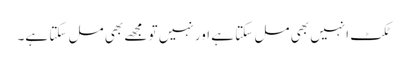
ٹکٹ انہیں بھی مل سکتا ہے اور نہیں تو مجھے بھی مل سکتا ہے۔